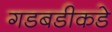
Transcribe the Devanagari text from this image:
गडबडीकडे